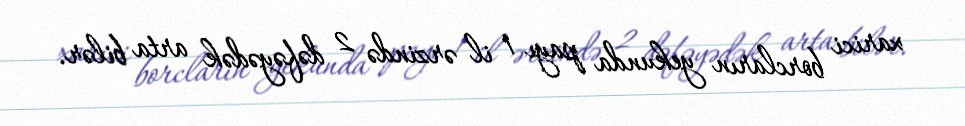
xarici borcların yekunda payı 1 il ərzində 2 dəfəyədək arta bilər.